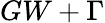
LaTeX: GW+\Gamma